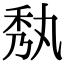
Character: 𮂼